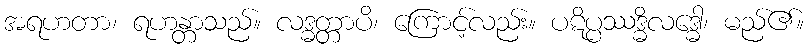
အရဟတာ၊ ရဟန္တာသည်။ လဒ္ဓတ္တာပိ၊ ကြောင့်လည်း။ ပဋိပ္ပဿဒ္ဓိလဒ္ဓေါ၊ မည်၏။